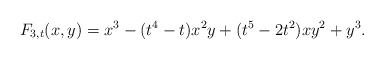
LaTeX: \begin{align*} F_{3,t}(x,y) = x^3 - (t^4 -t)x^2y + (t^5-2t^2)xy^2 + y^3.\end{align*}